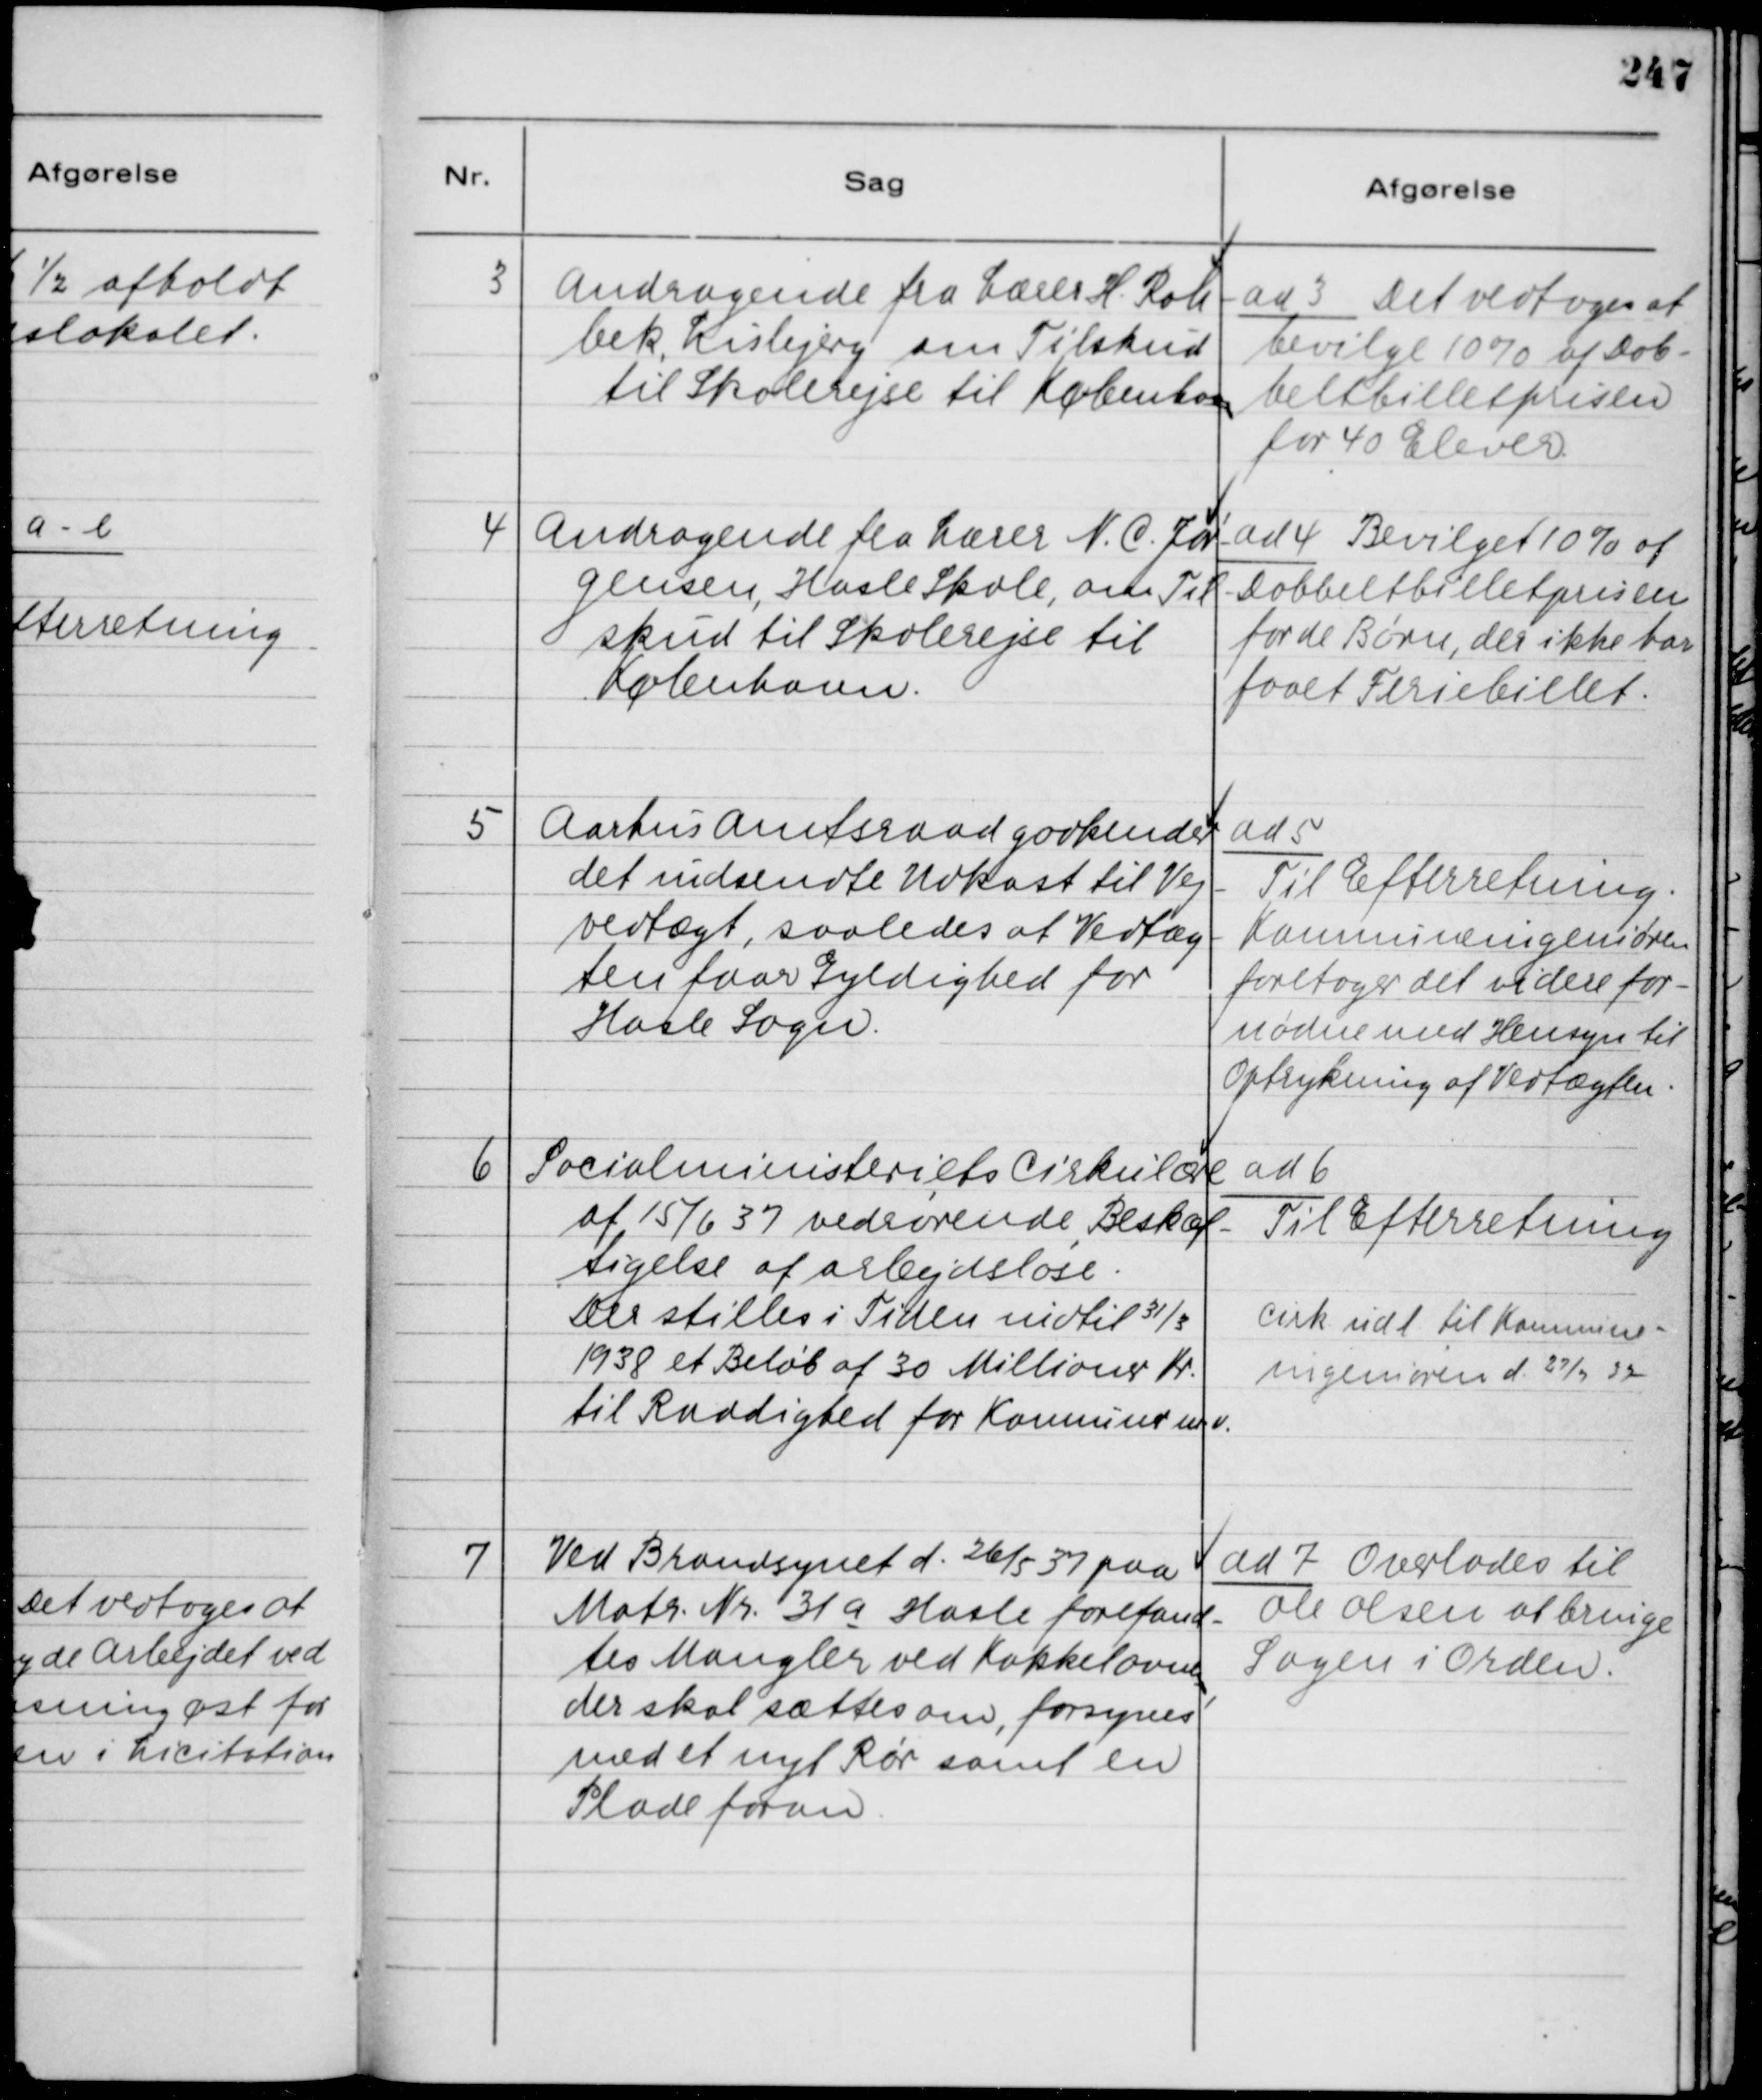
Transskription:
3
Andragende fra Lærer H. Rah-
bek, Lisbjerg om Tilskud
til Skolerejse til København

ad 3 Det vedtoges at
bevilge 10% af Dob-
beltbilletprisen
for 40 Elever.

4
Andragende fra Lærer N. C. Jør-
gensen, Hasle Skole, om Til-
skud til Skolerejse til
København.

ad 4 Bevilget 10% af
Dobbeltbilletprisen
for de Børn, der ikke har
faaet Feriebillet.

5
Aarhus Amtsraad godkender
det indsendte Udkast til Vej-
vedtægt, saaledes at Vedtæg-
ten faar Gyldighed for
Hasle Sogn.

ad 5
Aarhus Amtsraad godkender
Til Efterretning.
Komnuneingeniøren
foretager det videre for-
nødne med Hensyn til
Optrykning af Vedtægten.

6
Socialministeriets Cirkulære
af 15/6 37 vedrørende Beskæf-
tigelse af arbejdsløse.
Der stilles i Tiden indtil 31/3
1938 et Beløb af 30 Millioner Kr.
til Raadighed for Komnuner m. v.

ad 6
Til Efterretning
Cirk. udl. til Kommune-
ingeniøren d. 27/9 37

7
Ved Brandsynet d. 26/5 37 paa
Matr. Nr. 31a Hasle forefand-
tes Mangler ved Kakkelovnen,
der skal sættes om, forsynes
med et nyt Rør samt en
Plade foran.

ad 7 Overlodes til
Ole Olsen at bringe
Sagen i Orden.